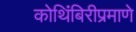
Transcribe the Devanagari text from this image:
कोथिंबिरीप्रमाणे